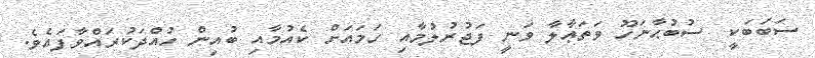
ސަބަބަކީ  ސުބުޙާނަހޫ ވަތަޢާލާ ވަނީ ފަޖުރުލުމާއި ހަމައަށް ކެއުމާއި ބުއިން ހުއްދަކުރައްވާފައެވެ.